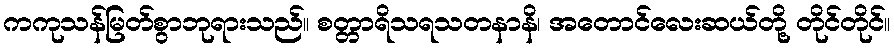
ကကုသန်မြတ်စွာဘုရားသည်။ စတ္တာရိသရသတနာနိ၊ အတောင်လေးဆယ်တို့ တိုင်တိုင်။